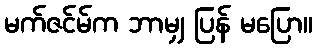
မက်ဇင်မ်က ဘာမျှ ပြန် မပြော။